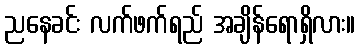
ညနေခင်း လက်ဖက်ရည် အချိန်ရောရှိလား။